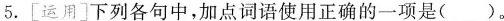
5.[运用]下列各句中，加点词语使用正确的一项是（）